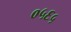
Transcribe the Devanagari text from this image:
०५६५